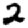
Digit: 2